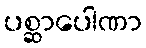
ပစ္ဆာပေါဏာ